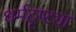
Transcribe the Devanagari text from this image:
धर्मदृष्ट्या